Statistics compiled by the Government of India from the reports of provincial Civil Veterinary Departments
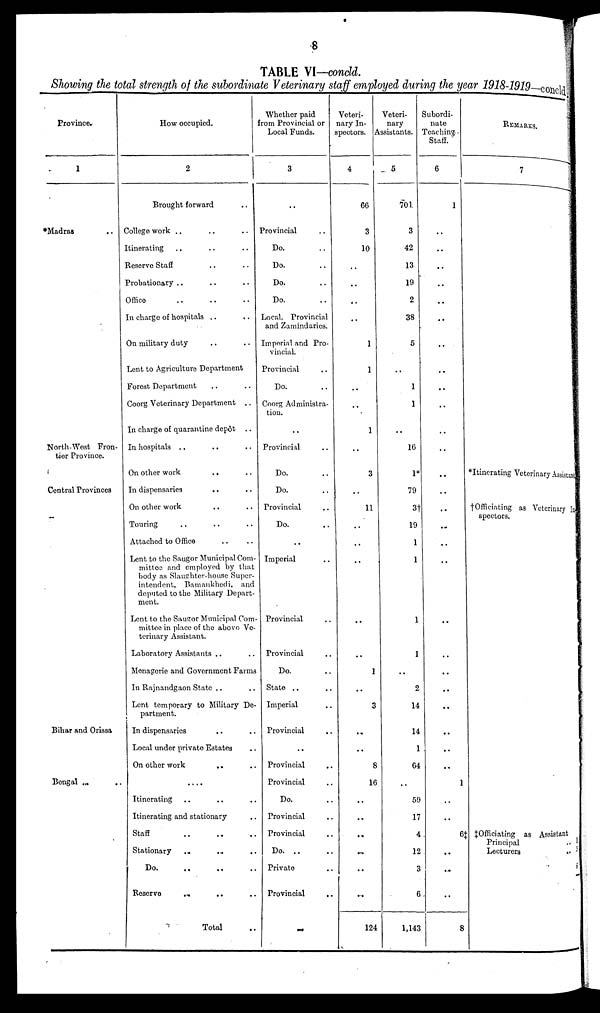
8
TABLE VI—concld.
Showing the total strength of the subordinate Veterinary staff employed during the year 1918-1919—concld.
Province.
1
*Madras ..
North-West Fron-
tier Province.
Central Provinces
Bihar and Orissa
Bengal .. ..
How occupied.
2
Brought forward ..
College work .. .. ..
Itinerating .. .. ..
Reserve Staff .. ..
Probationary .. .. ..
Office .. .. ..
In charge of hospitals .. ..
On military duty .. ..
Lent to Agriculture Department
Forest Department .. ..
Coorg Veterinary Department .. ..
In charge of quarantine depôt .. ..
In hospitals .. .. ..
On other work
.. ..
In dispensaries
.. ..
On other work .. ..
Touring .. .. ..
Attached to Office .. ..
Lent to the Saugor Municipal Com-
mittee and employed by that
body as Slaughter-house Super-
intendent, Bamankhedi, and
deputed to the Military Depart-
ment.
Lent to the Saugor Municipal Com-
mittee in place of the above Ve-
terinary Assistant.
Laboratory Assistants .. ..
Menagerie and Government Farms
In Rajnandgaon State .. ..
Lent temporary to Military De-
partment.
In dispensaries .. ..
Local under private Estates ..
On other work .. ..
....
Itinerating .. .. ..
Itinerating and stationary ..
Staff .. .. ..
Stationary .. .. ..
Do. .. .. ..
Reserve
.. .. ..
Total ..
Whether paid
from Provincial or
Local Funds.
3
..
Provincial ..
Do. ..
Do. ..
Do. ..
Do. ..
Local, Provincial
and Zamindaries.
Imperial and Pro-
vincial.
Provincial ..
Do. ..
Coorg Administra-
tion.
..
Provincial ..
Do. ..
Do. ..
Provincial ..
Do. ..
..
Imperial ..
Provincial ..
Provincial ..
Do. ..
State .. ..
Imperial ..
..
Provincial ..
..
Provincial
..
Provincial ..
Do. ..
Provincial ..
Provincial ..
Do.
..
..
Private ..
Provincial ..
....
Veteri-
nary In-
spectors.
4
66
3
10
..
..
..
..
1
1
..
..
1
..
3
..
11
..
..
..
..
..
1
..
3
..
..
8
16
..
..
..
..
..
..
124
Veteri-
nary
Assistants.
5
701
3
42
13
19
2
38
5
....
1
1
..
16
1*
79
3†
19
1
1
1
1
..
2
14
14
1
64
..
59
17
4
12
3
6
1,143
Subordi-
nate
Teaching
Staff.
6
1
....
..
..
..
..
..
..
..
..
..
..
..
..
..
..
..
..
..
..
..
..
..
..
..
..
..
1
..
..
6‡
..
..
..
8
REMARKS
7
*Itinerating Veterinary Assistant
†Officiating as Veterinary In
spectors.
‡Officiating
as Assistant
Principal
Lecturers